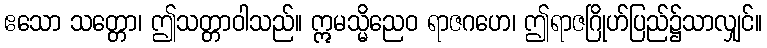
ဧသော သတ္တော၊ ဤသတ္တာဝါသည်။ ဣမသ္မိညေဝ ရာဇဂဟေ၊ ဤရာဇဂြိုဟ်ပြည်၌သာလျှင်။